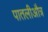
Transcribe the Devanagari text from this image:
पातलीऔत्र